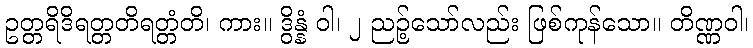
ဥတ္တရိဒိရတ္တတိရတ္တံတိ၊ ကား။ ဒွိန္နံ ဝါ၊ ၂ ညဉ့်သော်လည်း ဖြစ်ကုန်သော။ တိဏ္ဏဝါ၊